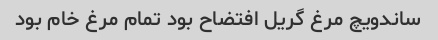
ساندویچ مرغ گریل افتضاح بود تمام مرغ خام بود